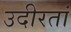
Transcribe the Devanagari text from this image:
उदीरतां